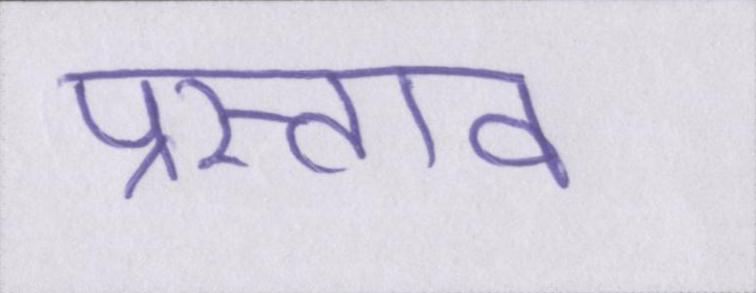
प्रस्ताव